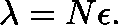
\mathbf { \lambda } = N \mathbf { \epsilon } .